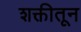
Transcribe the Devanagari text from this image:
शक्तीतून